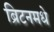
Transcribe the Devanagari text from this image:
ब्रिटनमधे